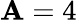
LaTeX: \mathbf{A}=4